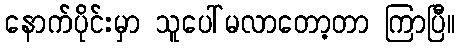
နောက်ပိုင်းမှာ သူပေါ်မလာတော့တာ ကြာပြီ။